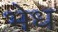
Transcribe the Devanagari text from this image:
भेध